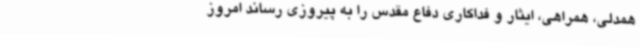
همدلی، همراهی، ایثار و فداکاری دفاع مقدس را به پیروزی رساند امروز